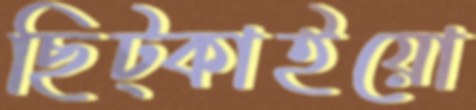
ছিট্‌কাইয়ো